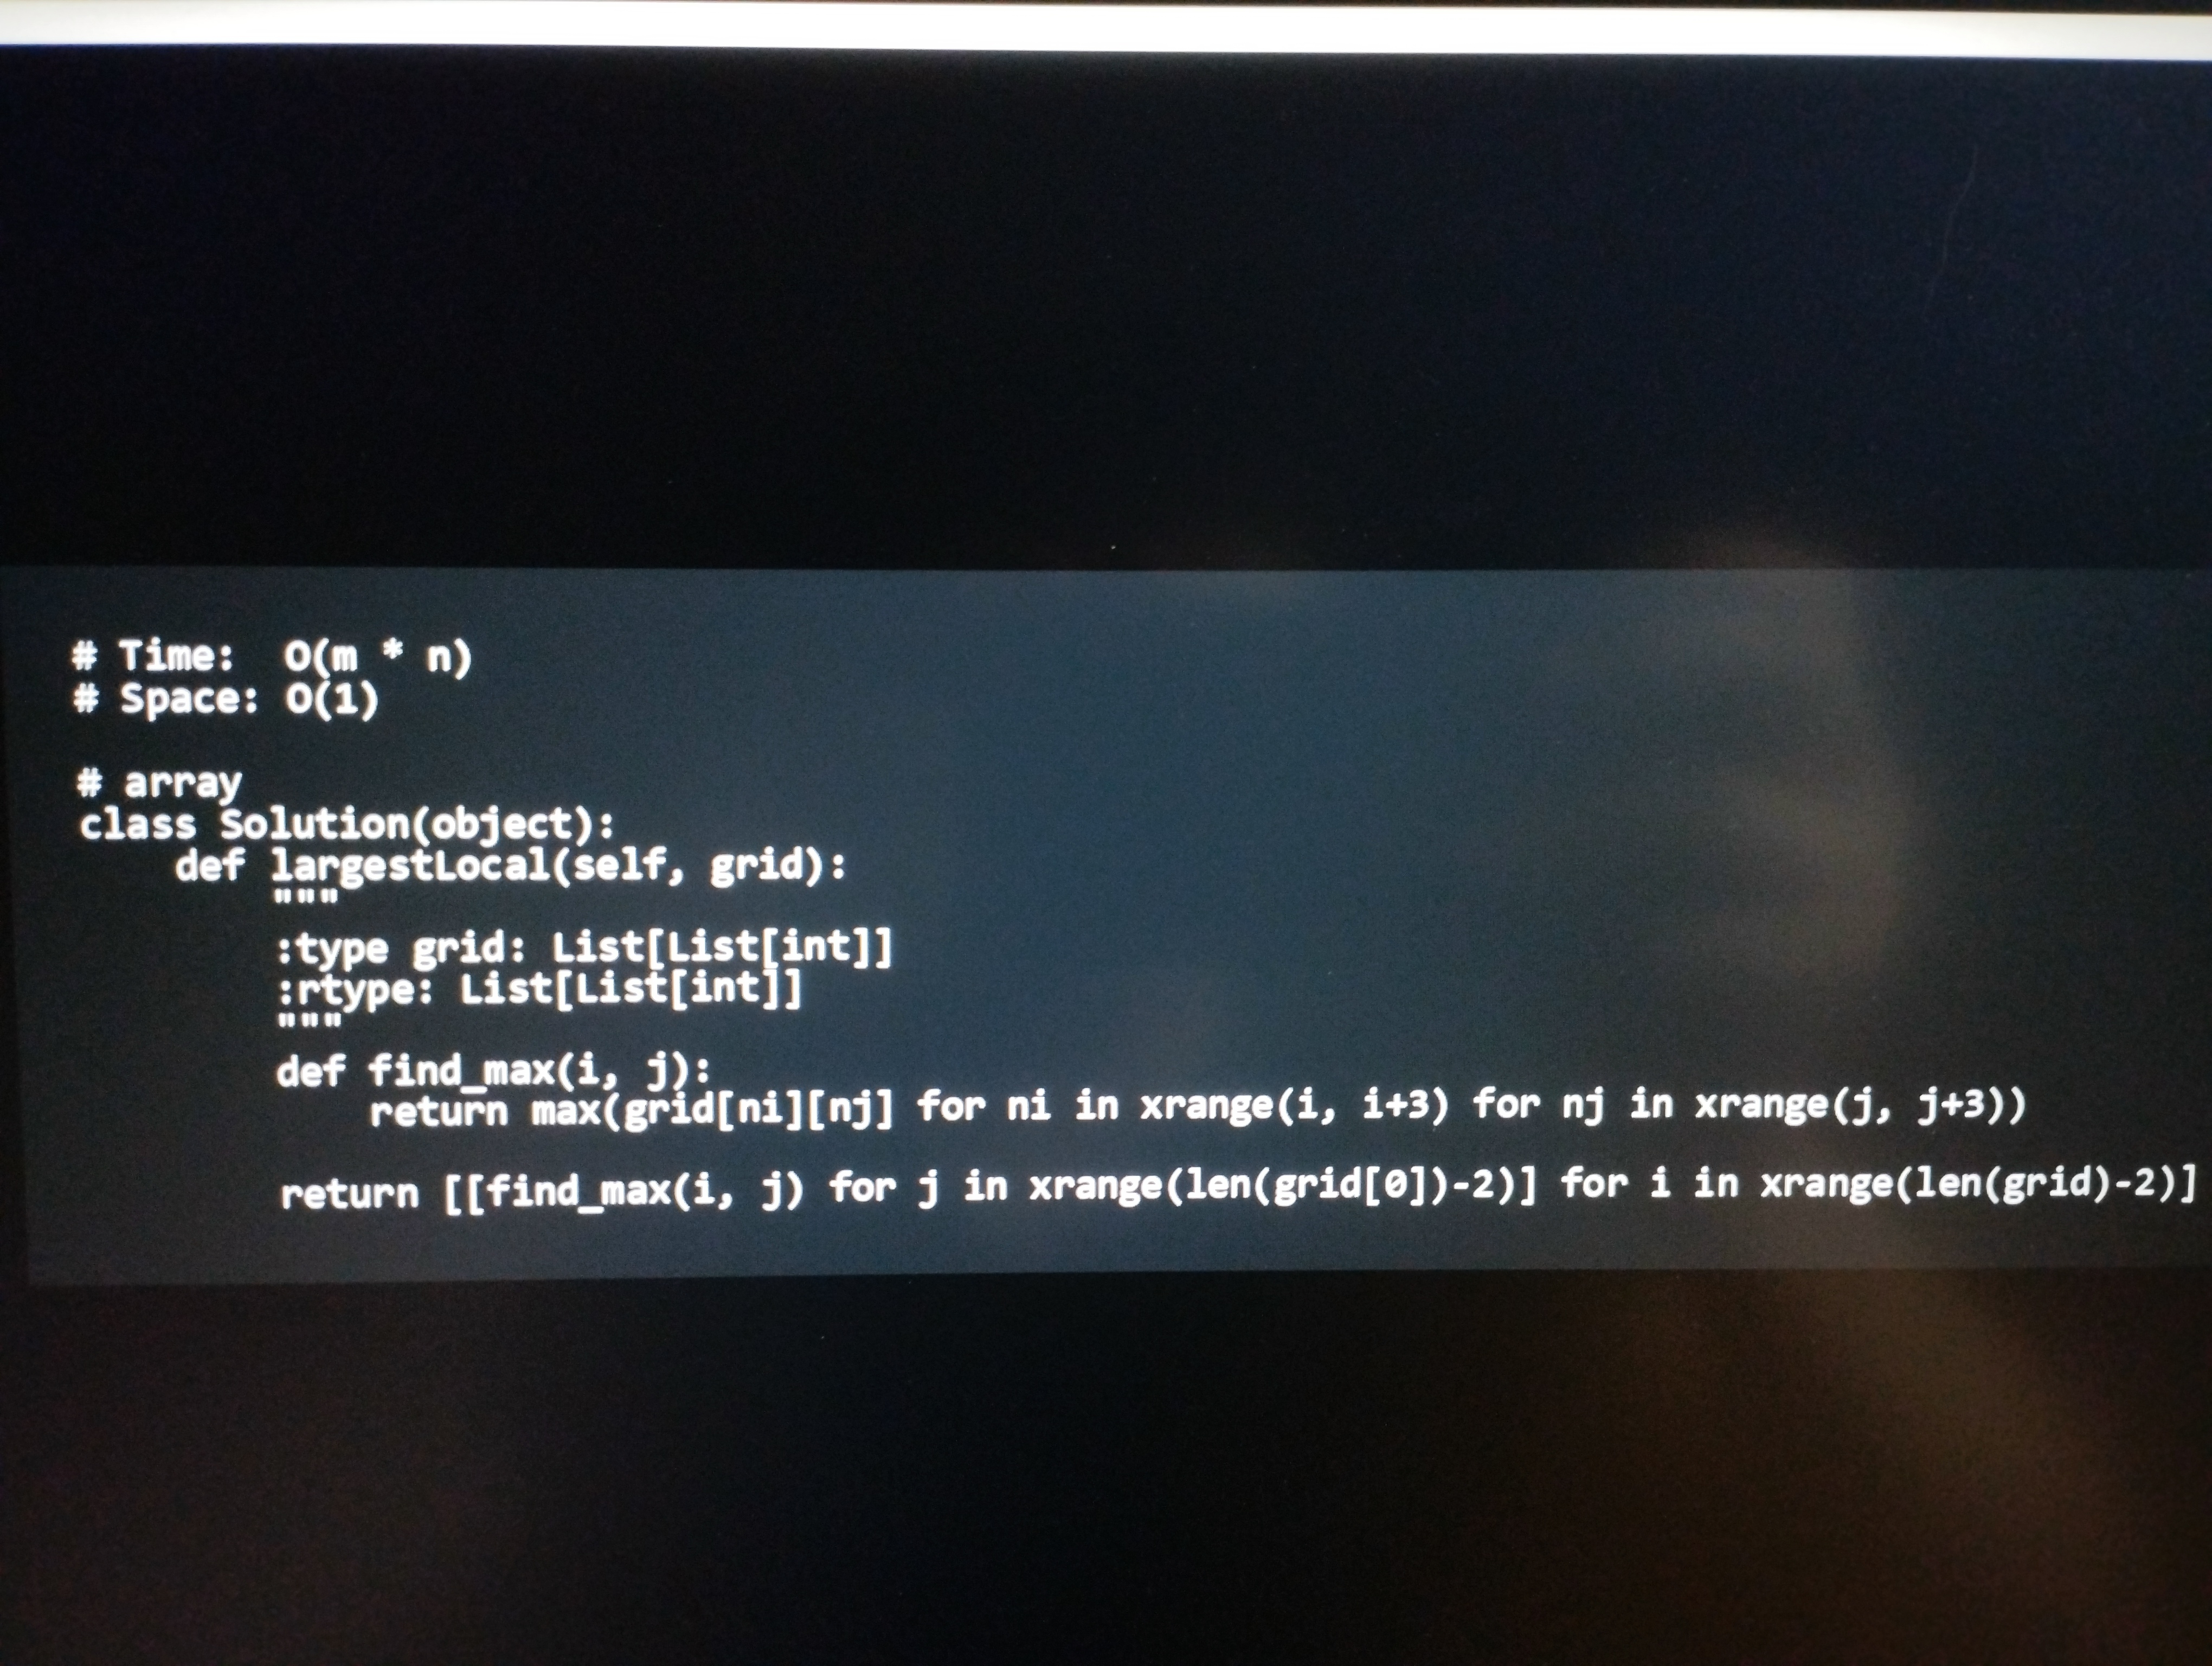
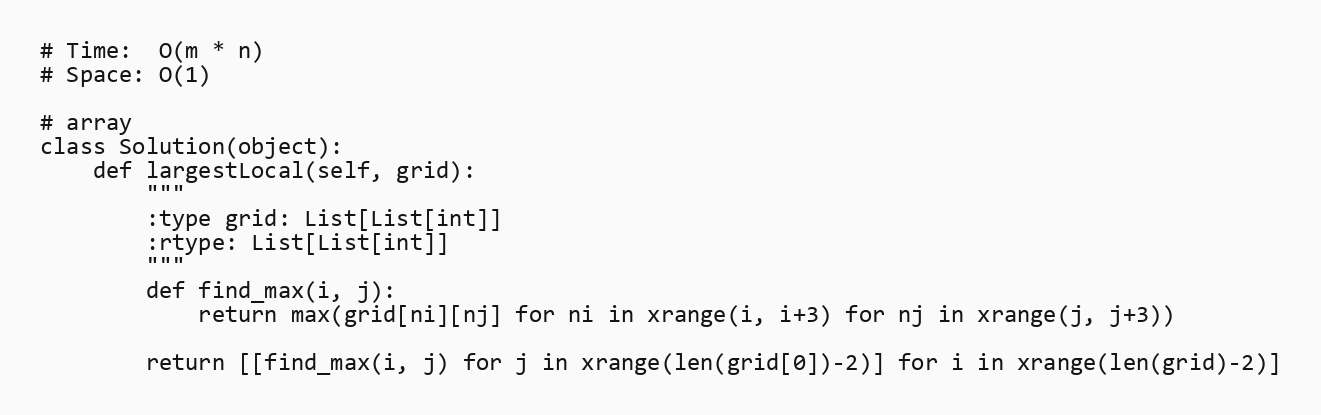
# Time:  O(m * n)
# Space: O(1)

# array
class Solution(object):
    def largestLocal(self, grid):
        """
        :type grid: List[List[int]]
        :rtype: List[List[int]]
        """
        def find_max(i, j):
            return max(grid[ni][nj] for ni in xrange(i, i+3) for nj in xrange(j, j+3))

        return [[find_max(i, j) for j in xrange(len(grid[0])-2)] for i in xrange(len(grid)-2)]